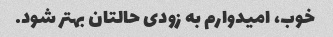
خوب، امیدوارم به زودی حالتان بهتر شود.